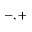
- , +